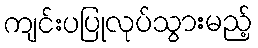
ကျင်းပပြုလုပ်သွားမည့်